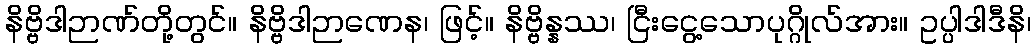
နိဗ္ဗိဒါဉာဏ်တို့တွင်။ နိဗ္ဗိဒါဉာဏေန၊ ဖြင့်။ နိဗ္ဗိန္နဿ၊ ငြီးငွေ့သောပုဂ္ဂိုလ်အား။ ဥပ္ပါဒါဒီနိ၊